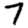
Digit: 7